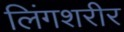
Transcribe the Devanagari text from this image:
लिंगशरीर